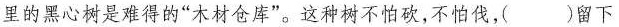
里的黑心树是难得的”木材仓库”。这种树不怕砍，不怕伐，（）留下